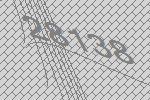
28138